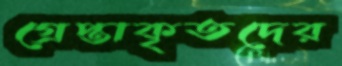
গ্রেপ্তাকৃতদের